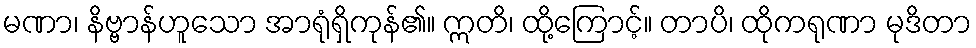
မဏာ၊ နိဗ္ဗာန်ဟူသော အာရုံရှိကုန်၏။ ဣတိ၊ ထို့ကြောင့်။ တာပိ၊ ထိုကရုဏာ မုဒိတာ